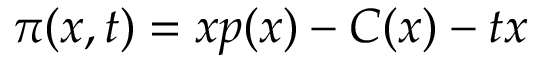
\pi ( x , t ) = x p ( x ) - C ( x ) - t x \quad